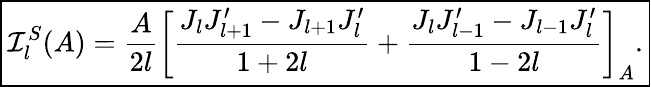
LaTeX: \boxed{\mathcal{I}_{l}^{S}(A)=\frac{A}{2l}\bigg[\frac{J_{l}J_{l+1}^{\prime}-J_{l+1}J_{l}^{\prime}}{1+2l}+\frac{J_{l}J_{l-1}^{\prime}-J_{l-1}J_{l}^{\prime}}{1-2l}\bigg]_{A}.}